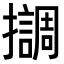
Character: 𢸛